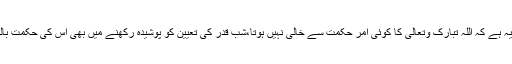
تو جواب اس کا یہ ہے کہ اللہ تبارک وتعالیٰ کا کوئی امر حکمت سے خالی نہیں ہوتا،شبِ قدر کی تعیین کو پوشیدہ رکھنے میں بھی اس کی حکمتِ بالغہ کارفرما ہے۔